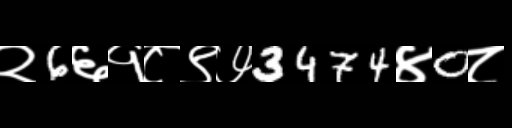
Text: २6६१८९७3474४0८